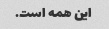
این همه است.